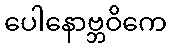
ပေါနောဗ္ဘဝိကေ